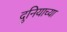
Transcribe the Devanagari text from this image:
दुनियाच्या